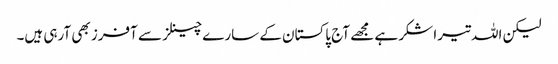
لیکن اللہ تیرا شکر ہے مجھے آج پاکستان کے سارے چینلز سے آفرز بھی آرہی ہیں۔